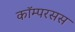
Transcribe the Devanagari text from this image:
कॉम्परसस